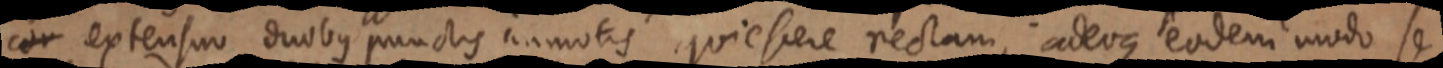
cor extensuo duobus punctis immotis quiefere rectam, adeoque eodem modo se